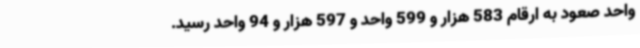
واحد صعود به ارقام 583 هزار و 599 واحد و 597 هزار و 94 واحد رسید.